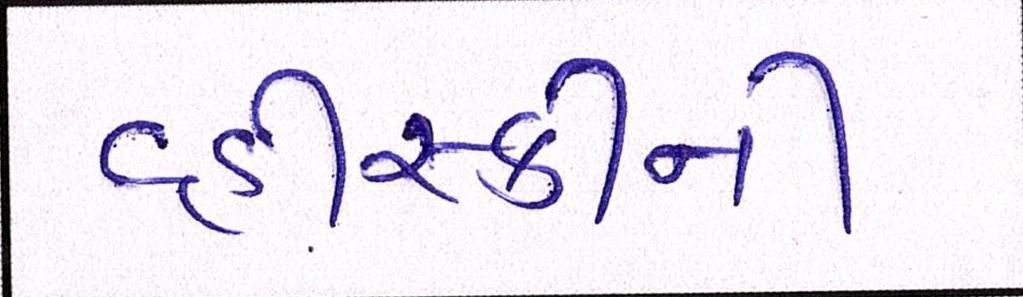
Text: વ્હીસ્કીની